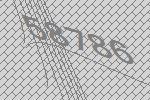
58786